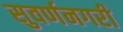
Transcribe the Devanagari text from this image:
सुवर्णनगरी